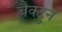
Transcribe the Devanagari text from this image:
बैक्टुन